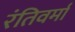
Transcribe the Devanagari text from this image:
रंतिवर्मा